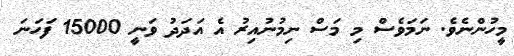
މީހުންނެވެ. ނަމަވެސް މި މަސް ނިމުނުއިރު އެ އަދަދު ވަނީ 15000 ފަހަނަ